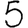
Digit: 5